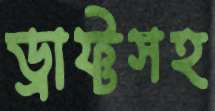
ড্রাফ্টসহ